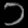
Digit: ၁